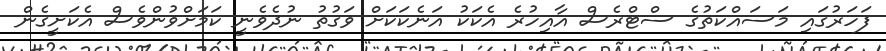
ފަހަރުގައި މަސައްކަތުގެ ސްޓްރެސް އާއިހުރެ އެކަކު އަނެކަކަށް ވަގުތު ނުދެވެނީ ކަމަށްވުންވެސް އެކަށީގެން